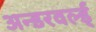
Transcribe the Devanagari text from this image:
अन्डरवर्ल्ड्